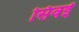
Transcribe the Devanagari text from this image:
सिवईं